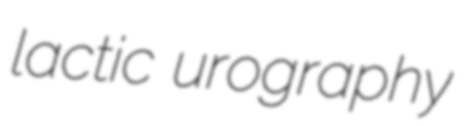
lactic urography